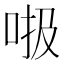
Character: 𠳖